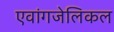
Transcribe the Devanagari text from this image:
एवांगजेलिकल